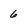
Character: 6